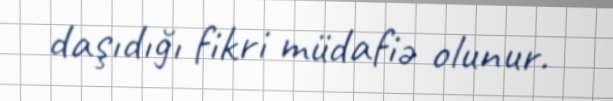
daşıdığı fikri müdafiə olunur.